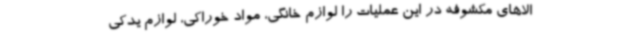
الاهای مکشوفه در این عملیات را لوازم خانگی، مواد خوراکی، لوازم یدکی